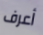
أعرف